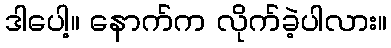
ဒါပေါ့။ နောက်က လိုက်ခဲ့ပါလား။